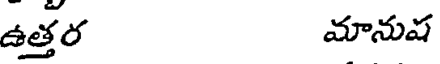
ఉత్తర మానుష